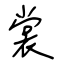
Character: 裳